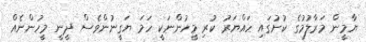
ޔާމީން މަރާލުމުގެ ކުށުގައި ހައްޔަރު ކުރި މީހުންނަކީ ހަމަ ޔަގީނުންވެސް ދީނީ މީހުންނެއް